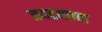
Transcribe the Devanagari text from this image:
जयद्रथाच्या